Annual statistical returns and brief notes on vaccination in Bengal - 1896-1909
Year: 1896
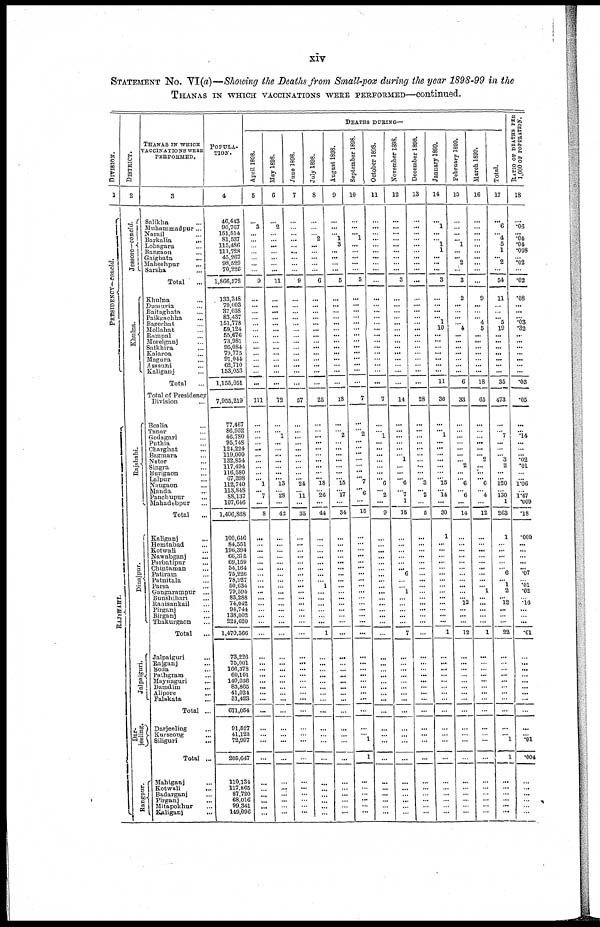
xiv
STATEMENT No. VI(a)—Showing the Deaths from Small-pox during the year 1898-99 in the
THANAS IN WHICH VACCINATIONS WERE PERFORMED—continued.
DIVISION.
1
P RES IDENCY—c o
n
c
ld
.
RAJ S HAHI.
DISTRICT.
2
Jessore—concld.
Khul na.
Rajshahi.
Dinajpur.
Jalpaiguri.
Dar¬
jeeling.
Rangpur.
THANAS IN WHICH
VACCINATIONS WERE
PERFORMED.
3
Salikha ...
Muhammadpur...
Narail ...
Barkalia
...
Lohagara ...
Bangaon ...
Gaighata ...
Maheshpur ...
Sarsha ...
Total ...
Khulna ...
Dumuria ...
Baitaghata ...
Paikgachha ...
Bagerhat ...
Mollahat ...
Rampal ...
Morelganj ...
Satkhira ...
Kalaroa ...
Magura ...
Asasuni
...
Kaliganj ...
Total ...
Total of Presidency
Division ...
Boalia ...
Tanor ...
Godagari ...
Puthia ...
Charghat ...
Bagmara ...
Nator ...
Singra ...
Burigaon ...
Lalpur ...
Naugaon ...
Manda ...
Panchupur ...
Mahadebpur ...
Total ...
Kaligunj ...
Hemtabad ...
Kotwali ...
Nawabganj ...
Parbatipur ...
Chintaman ...
Patiram ...
Patnitala ...
Parsa ...
Gangarampur ...
Bunshihari
...
Ranisankail ...
Pirganj ...
Birganj ...
Thakurgaon ...
Total
...
Jalpaiguri ...
Rajganj ...
Boda ...
Pathgram ...
Maynaguri ...
Damdim ...
Alipore ...
Falakata ...
Total ...
Darjeeling ...
Kurseong ...
Siliguri ...
Total ...
Mahiganj ...
Kotwali ...
Badarganj ...
Pirganj ...
Mitapokhur ...
Kaliganj ...
POPULA¬
TION.
4
46,443
90,767
151,514
81,537
115,486
111,728
45,267
98,629
70,226
1,866,572
133,348
79,003
37,038
83,437
151,778
59,124
55,676
73,981
95,084
79,775
91,044
62,710
153,053
1,155,051
7,955,219
77,467
86,952
46,780
95,748
124,224
119,000
132,854
117,494
116,580
67,398
112,740
113,848
88,137
107,646
1,406,868
100,646
84,551
196,394
66,375
69,159
54,164
75,226
78,927
50,634
79,594
83,288
74,042
94,744
138,002
224,620
1,470,366
73,226
75,001
166,378
60,101
140,036
83,865
41,024
31,423
671,054
91,527
41,123
72,997
205,647
110,134
117,865
87,720
68,016
99,341
149,096
DEATHS DURING—
April 1898.
5
...
3
...
...
...
...
...
...
...
9
...
...
...
...
...
...
...
...
...
...
...
...
...
...
111
...
...
...
...
...
...
...
...
...
... 1
...
7
...
8
...
...
...
...
...
...
...
...
...
...
...
...
...
...
...
...
...
...
...
...
...
...
...
...
...
...
...
...
...
...
...
...
...
...
...
May 1898.
6
...
2
... ...
...
...
...
...
...
11
...
...
...
...
...
...
...
...
...
...
... ...
...
...
72
...
... 1
...
... ...
...
...
...
... 13
...
28
...
42
...
...
...
...
...
...
...
...
...
...
...
...
...
...
...
...
...
...
...
...
...
...
...
...
...
...
...
...
...
...
...
...
...
...
...
June 1898.
7
...
...
...
...
...
...
...
...
...
9
...
...
...
...
... ...
...
...
...
...
...
...
...
...
57
...
...
...
...
...
...
...
...
...
... 24
...
11
...
35
...
...
...
...
...
...
...
...
...
...
...
...
...
...
...
...
...
...
...
...
...
...
...
...
...
...
...
...
...
...
...
...
...
...
...
July 1898.
8
...
...
... 2
...
...
...
...
...
6
...
...
...
...
...
...
...
...
...
...
...
...
...
...
25
...
...
...
...
...
...
...
...
...
... 18
...
26
...
44
...
...
...
...
...
...
...
... 1
...
...
...
...
...
...
1
...
...
...
...
...
...
...
...
...
...
...
...
...
...
...
...
...
...
...
August 1898.
9
...
...
...
1 3
...
...
...
...
5
...
...
...
...
...
... ...
...
...
...
...
...
...
...
18
...
... 2
...
...
...
...
...
...
... 15
...
17
...
34
...
...
...
...
...
...
...
...
...
...
...
...
...
...
...
...
...
...
...
...
...
...
...
...
...
...
...
...
...
...
...
...
...
...
...
September 1898.
10
...
...
...
1
...
...
...
...
...
5
...
...
...
...
...
...
...
...
...
...
...
...
...
...
7
...
...
... ...
...
...
...
...
...
...
7
...
6
...
15
...
...
...
...
...
...
...
...
...
...
...
...
...
...
...
...
...
...
...
...
...
...
...
...
...
...
... 1
1
...
...
...
...
...
...
Oct ober 1898.
11
...
...
... ...
...
...
...
...
...
...
...
...
...
...
... ...
...
...
...
...
...
...
...
...
7
...
... 1
...
...
...
...
...
...
... 6
...
2
...
9
...
...
...
...
...
...
...
...
...
...
...
...
...
...
...
...
...
...
...
...
...
...
...
...
...
...
...
...
...
...
...
...
...
...
...
No v e mb e r 1398.
12
...
...
...
...
...
...
...
...
...
3
...
...
...
... ...
...
...
...
...
...
...
...
...
...
14
...
...
...
...
...
...
... ...
...
...
6
...
7 1
15
...
...
...
...
...
... 6
...
... 1
...
...
...
...
...
7
...
...
...
...
...
...
...
...
...
...
...
...
...
...
...
...
...
...
...
December 1898.
13
...
...
...
...
...
...
...
...
...
...
...
...
...
...
...
...
...
...
...
...
...
...
...
...
28
...
...
...
...
...
...
...
...
...
...
3
...
2
...
6
...
...
...
...
...
...
...
...
...
...
...
...
...
...
...
...
...
...
...
...
...
...
...
...
...
...
...
...
...
...
...
...
...
...
...
January 1899.
14
...
1
...
... 1
1
...
...
...
3
...
...
...
... 1
10
...
...
...
...
...
...
...
11
36
...
...
...
...
...
...
...
...
...
...
15
...
14
...
30
1
...
...
...
...
...
...
...
...
...
...
...
...
...
...
1
...
...
...
...
...
...
...
...
...
...
...
...
...
...
...
...
...
...
...
February 1899.
15
...
...
...
... 1
...
...
2
...
3
2
...
...
...
... 4
...
...
...
...
...
...
...
6
33
...
...
...
...
...
...
... 2
...
... 6
...
6
...
14
...
...
...
...
...
...
...
...
...
...
... 12
...
...
...
12
...
...
...
...
...
...
...
...
...
...
...
...
...
...
...
...
...
...
...
March 1899.
16
...
...
...
...
...
...
...
...
...
...
9
...
...
... 4
5
...
...
...
...
...
...
...
18
65
...
...
...
...
...
... 2
...
...
... 6
...
4
...
12
...
...
...
...
...
...
...
...
... 1
...
...
...
...
...
1
...
...
...
...
...
...
...
...
...
...
...
...
...
...
...
...
...
...
...
Total.
17
...
6
...
4 5
1
...
2
...
54
11
...
...
... 5
19
...
...
...
...
...
...
...
35
473
...
... 7
...
...
... 3
2
...
... 120
...
130 1
263
1
...
...
...
...
... 6
... 1
2
... 12
...
...
...
22
...
...
...
...
...
...
...
...
...
...
... 1
1
...
...
...
...
...
...
RATIO OF DEATHS PER
1,000 OF POPULATION.
18
...
.06
...
.04
.04
.008
... .02
...
.02
.08
...
...
... .03
.32
...
...
...
...
...
...
...
.03
.05
...
... .14
...
...
... .02
.01
...
... 1.06
...
1.47 .009
.18
.009
...
...
...
...
... .07
... .01
.02
... .16
...
...
...
.01
...
...
...
...
...
...
...
...
...
...
... .01
.004
...
...
...
...
...
...